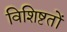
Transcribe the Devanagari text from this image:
विशिष्टतों